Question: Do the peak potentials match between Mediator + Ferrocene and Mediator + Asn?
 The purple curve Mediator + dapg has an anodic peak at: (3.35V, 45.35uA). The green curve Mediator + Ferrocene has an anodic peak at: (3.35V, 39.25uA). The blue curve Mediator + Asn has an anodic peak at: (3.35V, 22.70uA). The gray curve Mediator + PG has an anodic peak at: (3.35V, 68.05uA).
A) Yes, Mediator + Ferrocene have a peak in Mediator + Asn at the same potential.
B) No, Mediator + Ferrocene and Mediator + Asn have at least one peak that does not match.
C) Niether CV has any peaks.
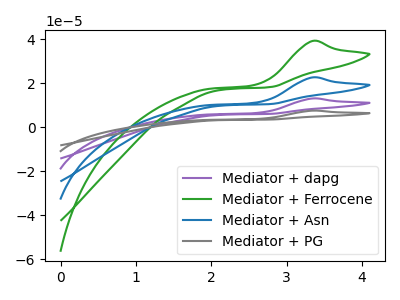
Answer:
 <answer>A) Yes, "Mediator + Ferrocene" have a peak in "Mediator + Asn" at the same potential.</answer>
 <eval>A</eval>